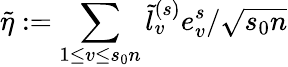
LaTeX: \tilde{\eta}:=\sum_{1\le v\le s_{0}n}\tilde{l}_{v}^{(s)}e_{v}^{s}/\sqrt{s_{0}n}